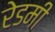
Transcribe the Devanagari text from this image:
रेडमी